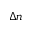
\Delta n